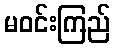
မဝင်းကြည်